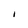
Character: I